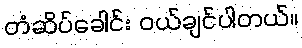
တံဆိပ်ခေါင်း ဝယ်ချင်ပါတယ်။